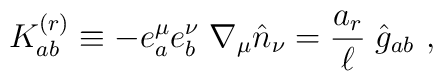
K_{ab}^{(r)} \equiv  - e_a^\mu e_b^\nu\;\nabla_\mu  {\hat n}_{\nu} = {a_r \over  \ell}\; {\hat g}_{ab}\ ,